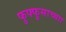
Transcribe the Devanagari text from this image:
फुफ्फुसाच्याा